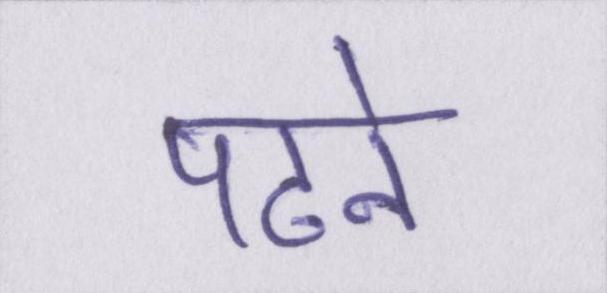
पढने